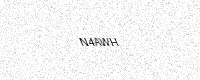
Text: N4AWH